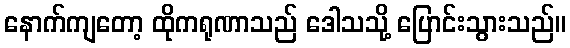
နောက်ကျတော့ ထိုကရုဏာသည် ဒေါသသို့ ပြောင်းသွားသည်။